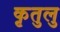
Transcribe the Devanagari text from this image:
कृतुलु